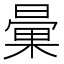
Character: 𣉰